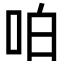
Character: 㕷